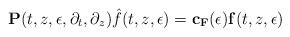
LaTeX: \begin{align*}\mathbf{P}(t,z,\epsilon,\partial_{t},\partial_{z})\hat{f}(t,z,\epsilon) =\mathbf{c}_{\mathbf{F}}(\epsilon)\mathbf{f}(t,z,\epsilon) \end{align*}